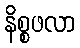
နိစ္စဖလာ